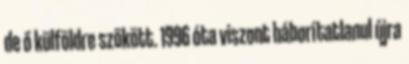
de ő külföldre szökött. 1996 óta viszont háborítatlanul újra